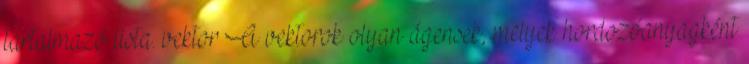
tartalmazó lista. vektor A vektorok olyan ágensek, melyek hordozóanyagként